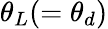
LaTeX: \theta_{L}(=\theta_{d})